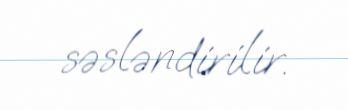
səsləndirilir.